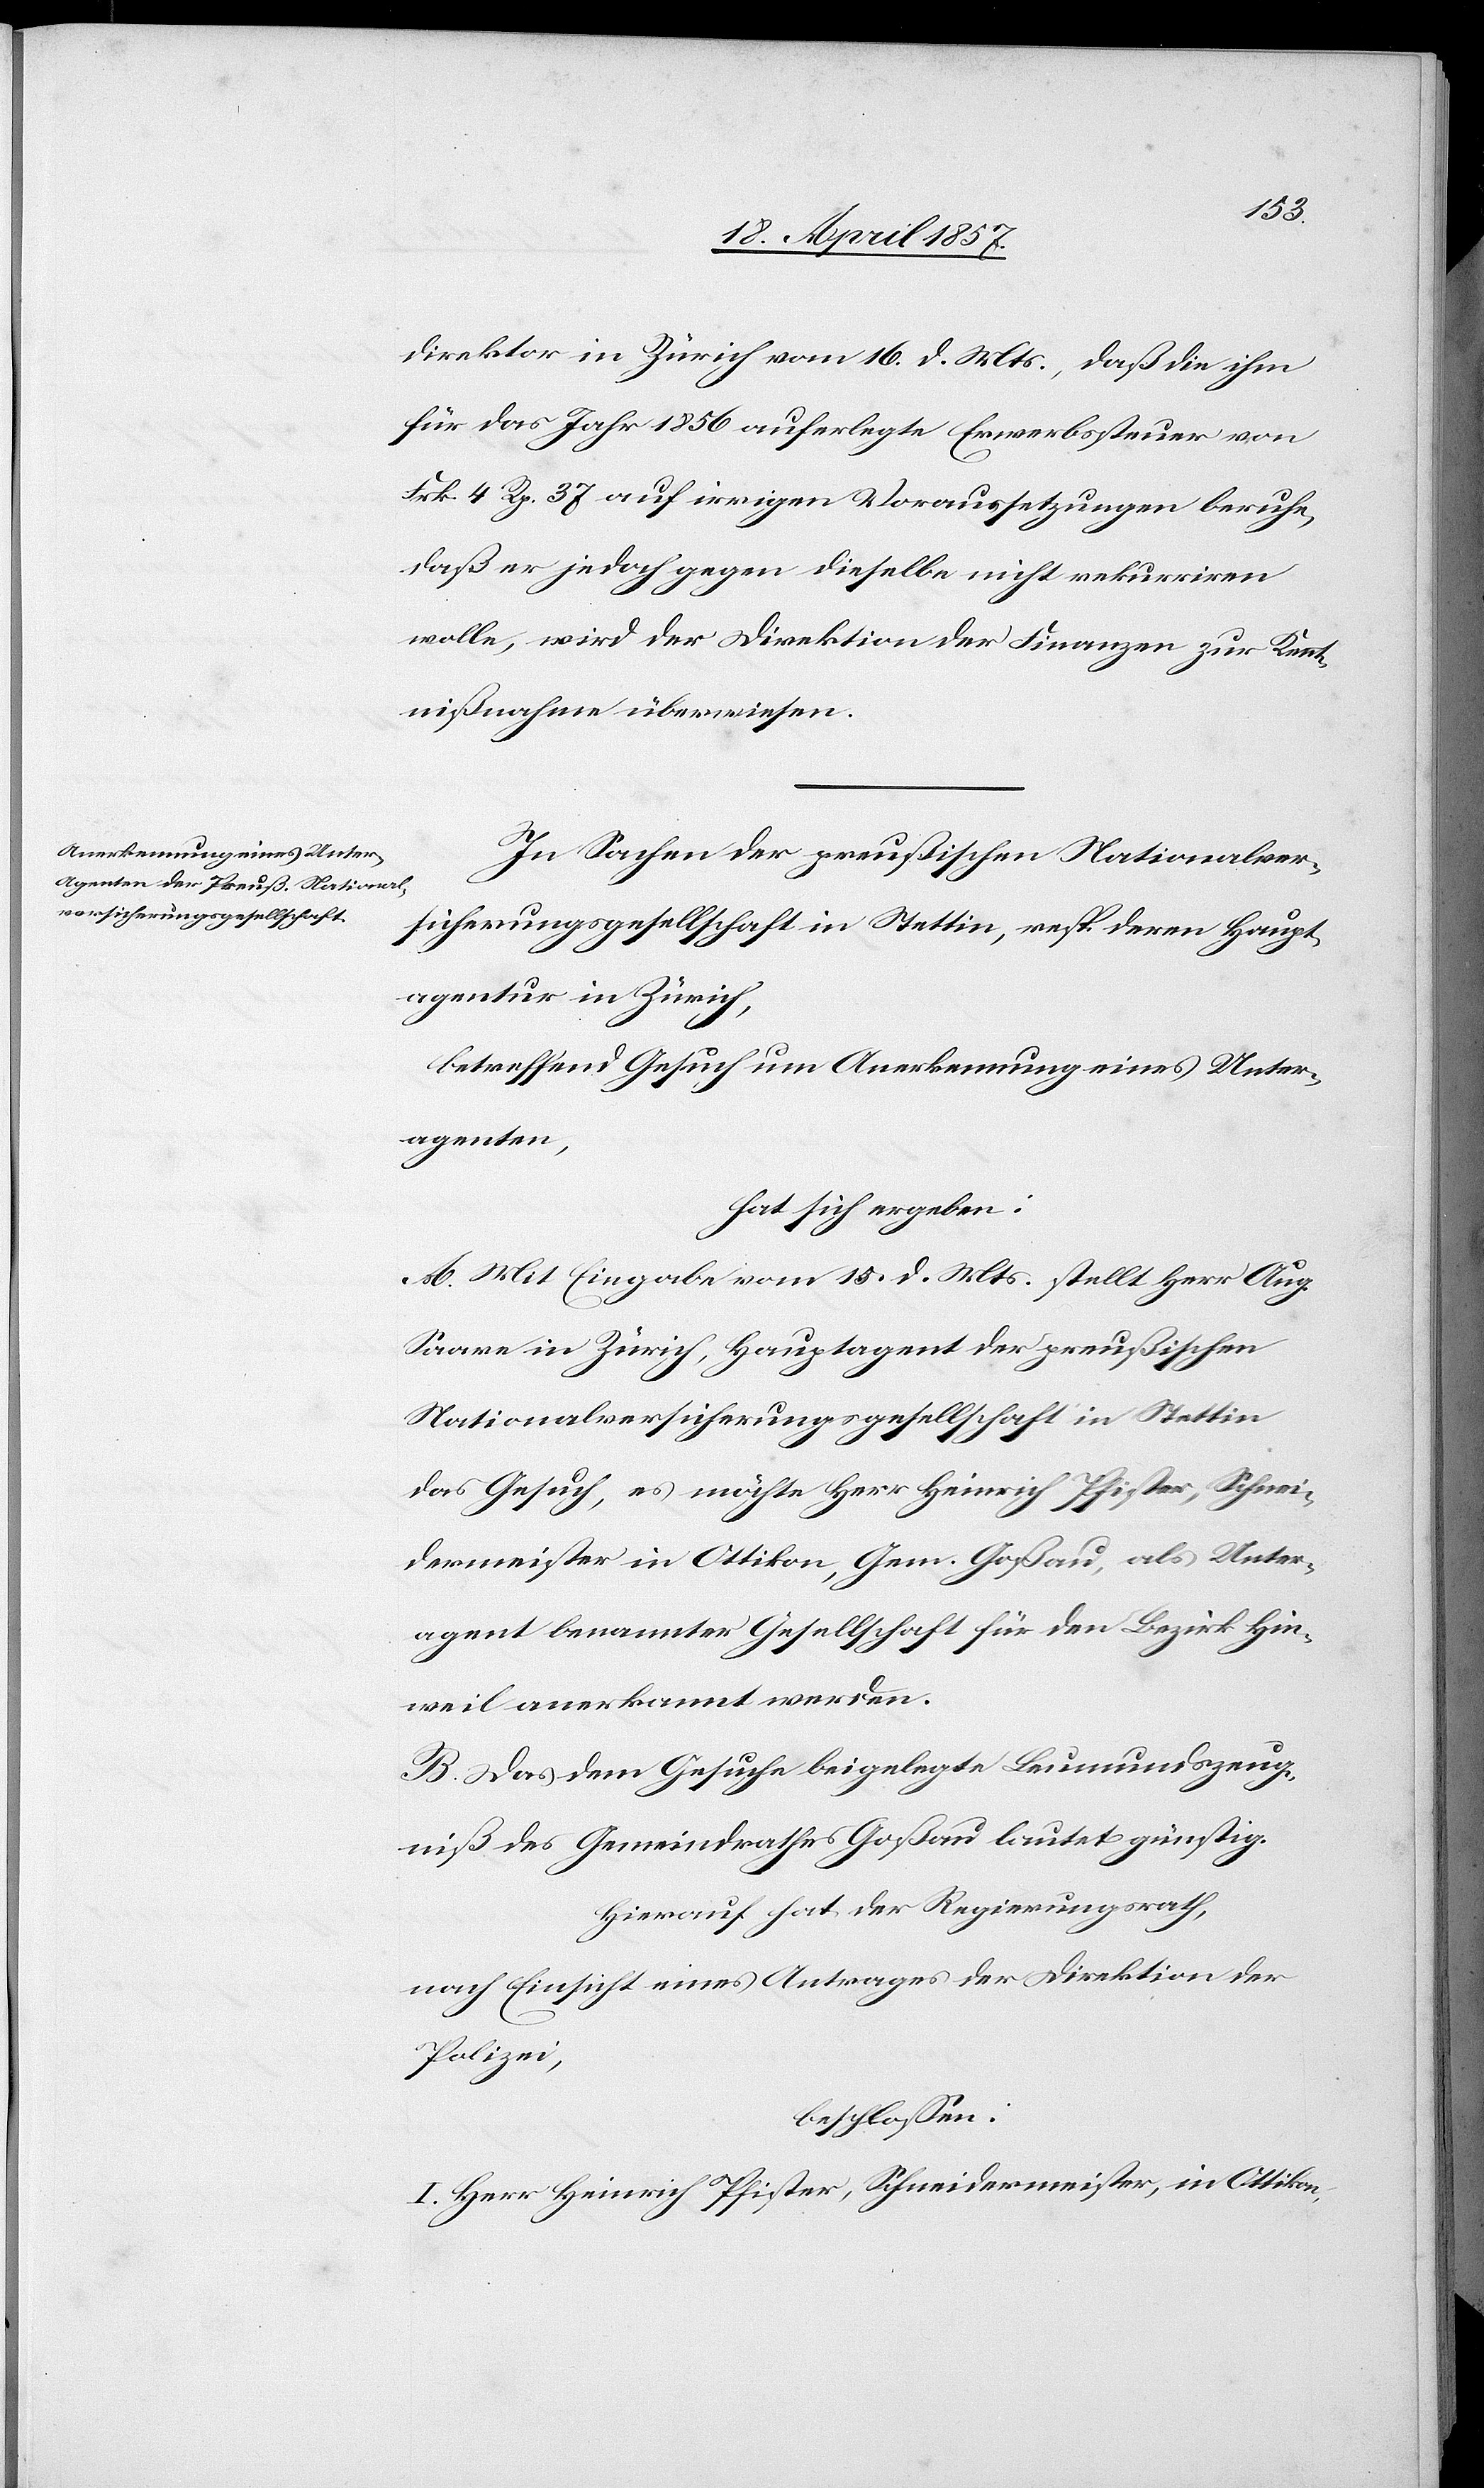
direktor in Zürich vom 16. d. Mts., daß die ihm
für das Jahr 1856 auferlegte Erwerbssteuer von
Frk. 4 Rp. 37 auf irrigen Voraussetzungen beruhe,
daß er jedoch gegen dieselbe nicht rekurriren
wolle, wird der Direktion der Finanzen zur Kennt¬
nißnahme überwiesen.
In Sachen der preußischen Nationalver¬
sicherungsgesellschaft in Stettin, resp. deren Haupt¬
agentur in Zürich,
betreffend Gesuch um Anerkennung eines Unter¬
agenten,
hat sich ergeben:
A. Mit Eingabe vom 15. d. Mts. stellt Herr Aug.
Saare in Zürich, Hauptagent der preußischen
Nationalversicherungsgesellschaft in Stettin
das Gesuch, es möchte Herr Heinrich Pfister, Schnei¬
dermeister in Ottikon, Gem. Goßau, als Unter¬
agent benannter Gesellschaft für den Bezirk Hin¬
weil anerkannt werden.
B. Das dem Gesuche beigelegte Leumundszeug¬
niß des Gemeindrathes Goßau lautet günstig.
Hierauf hat der Regierungsrath,
nach Einsicht eines Antrages der Direktion der
Polizei,
beschlossen:
I. Herr Heinrich Pfister, Schneidermeister, in Ottikon,